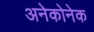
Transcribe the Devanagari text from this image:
अनेकोनेक